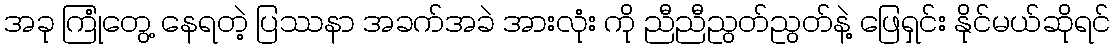
အခု ကြုံတွေ့ နေရတဲ့ ပြဿနာ အခက်အခဲ အားလုံး ကို ညီညီညွတ်ညွတ်နဲ့ ဖြေရှင်း နိုင်မယ်ဆိုရင်